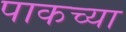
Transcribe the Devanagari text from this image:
पाकच्या